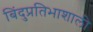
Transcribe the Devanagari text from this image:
बिंदुप्रतिभाशाली